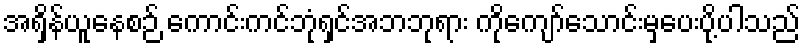
အရှိန်ယူနေစဉ် ကောင်းကင်ဘုံရှင်အဘဘုရား ကိုကျော်သောင်းမှပေးပို့ပါသည်